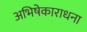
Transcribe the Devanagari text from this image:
अभिषेकाराधना